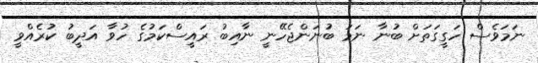
ނަމަވެސް ހަގީގަތަށް ބުނާ ނަމަ ބުނަންޖެހޭނީ ނާއިބު ރައީސްކަމުގެ ހުވާ އަދީބު ކުރެއްވީ